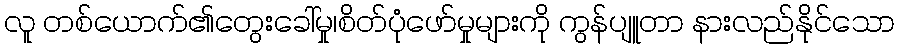
လူ တစ်ယောက်၏တွေးခေါ်မှု၊စိတ်ပုံဖော်မှုများကို ကွန်ပျူတာ နားလည်နိုင်သော